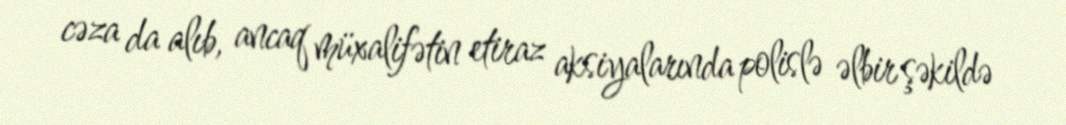
cəza da alıb, ancaq müxalifətin etiraz aksiyalarında polislə əlbir şəkildə